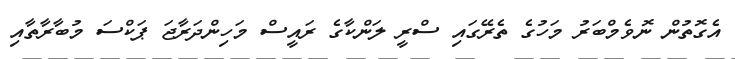
އެގޮތުން ނޮވެމްބަރު މަހުގެ ތެރޭގައި ސްރީ ލަންކާގެ ރައީސް މަހިންދަރާޖަ ޕަކްސަ މުބާރާތާއި